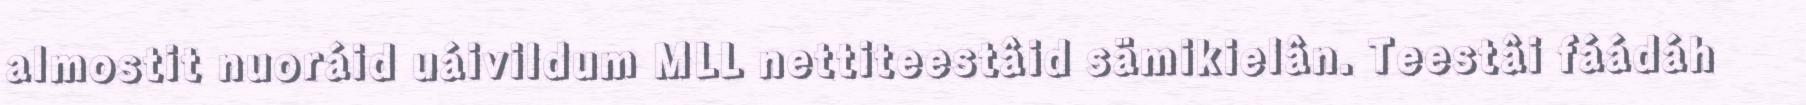
almostit nuoráid uáivildum MLL nettiteestâid sämikielân. Teestâi fáádáh